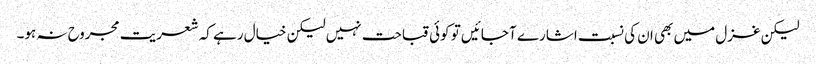
لیکن غزل میں بھی ان کی نسبت اشارے آ جائیں تو کوئی قباحت نہیں لیکن خیال رہے کہ شعریت مجروح نہ ہو۔